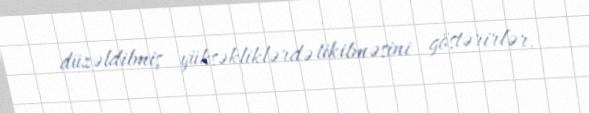
düzəldilmiş yüksəkliklərdə tikilməsini göstərirlər.